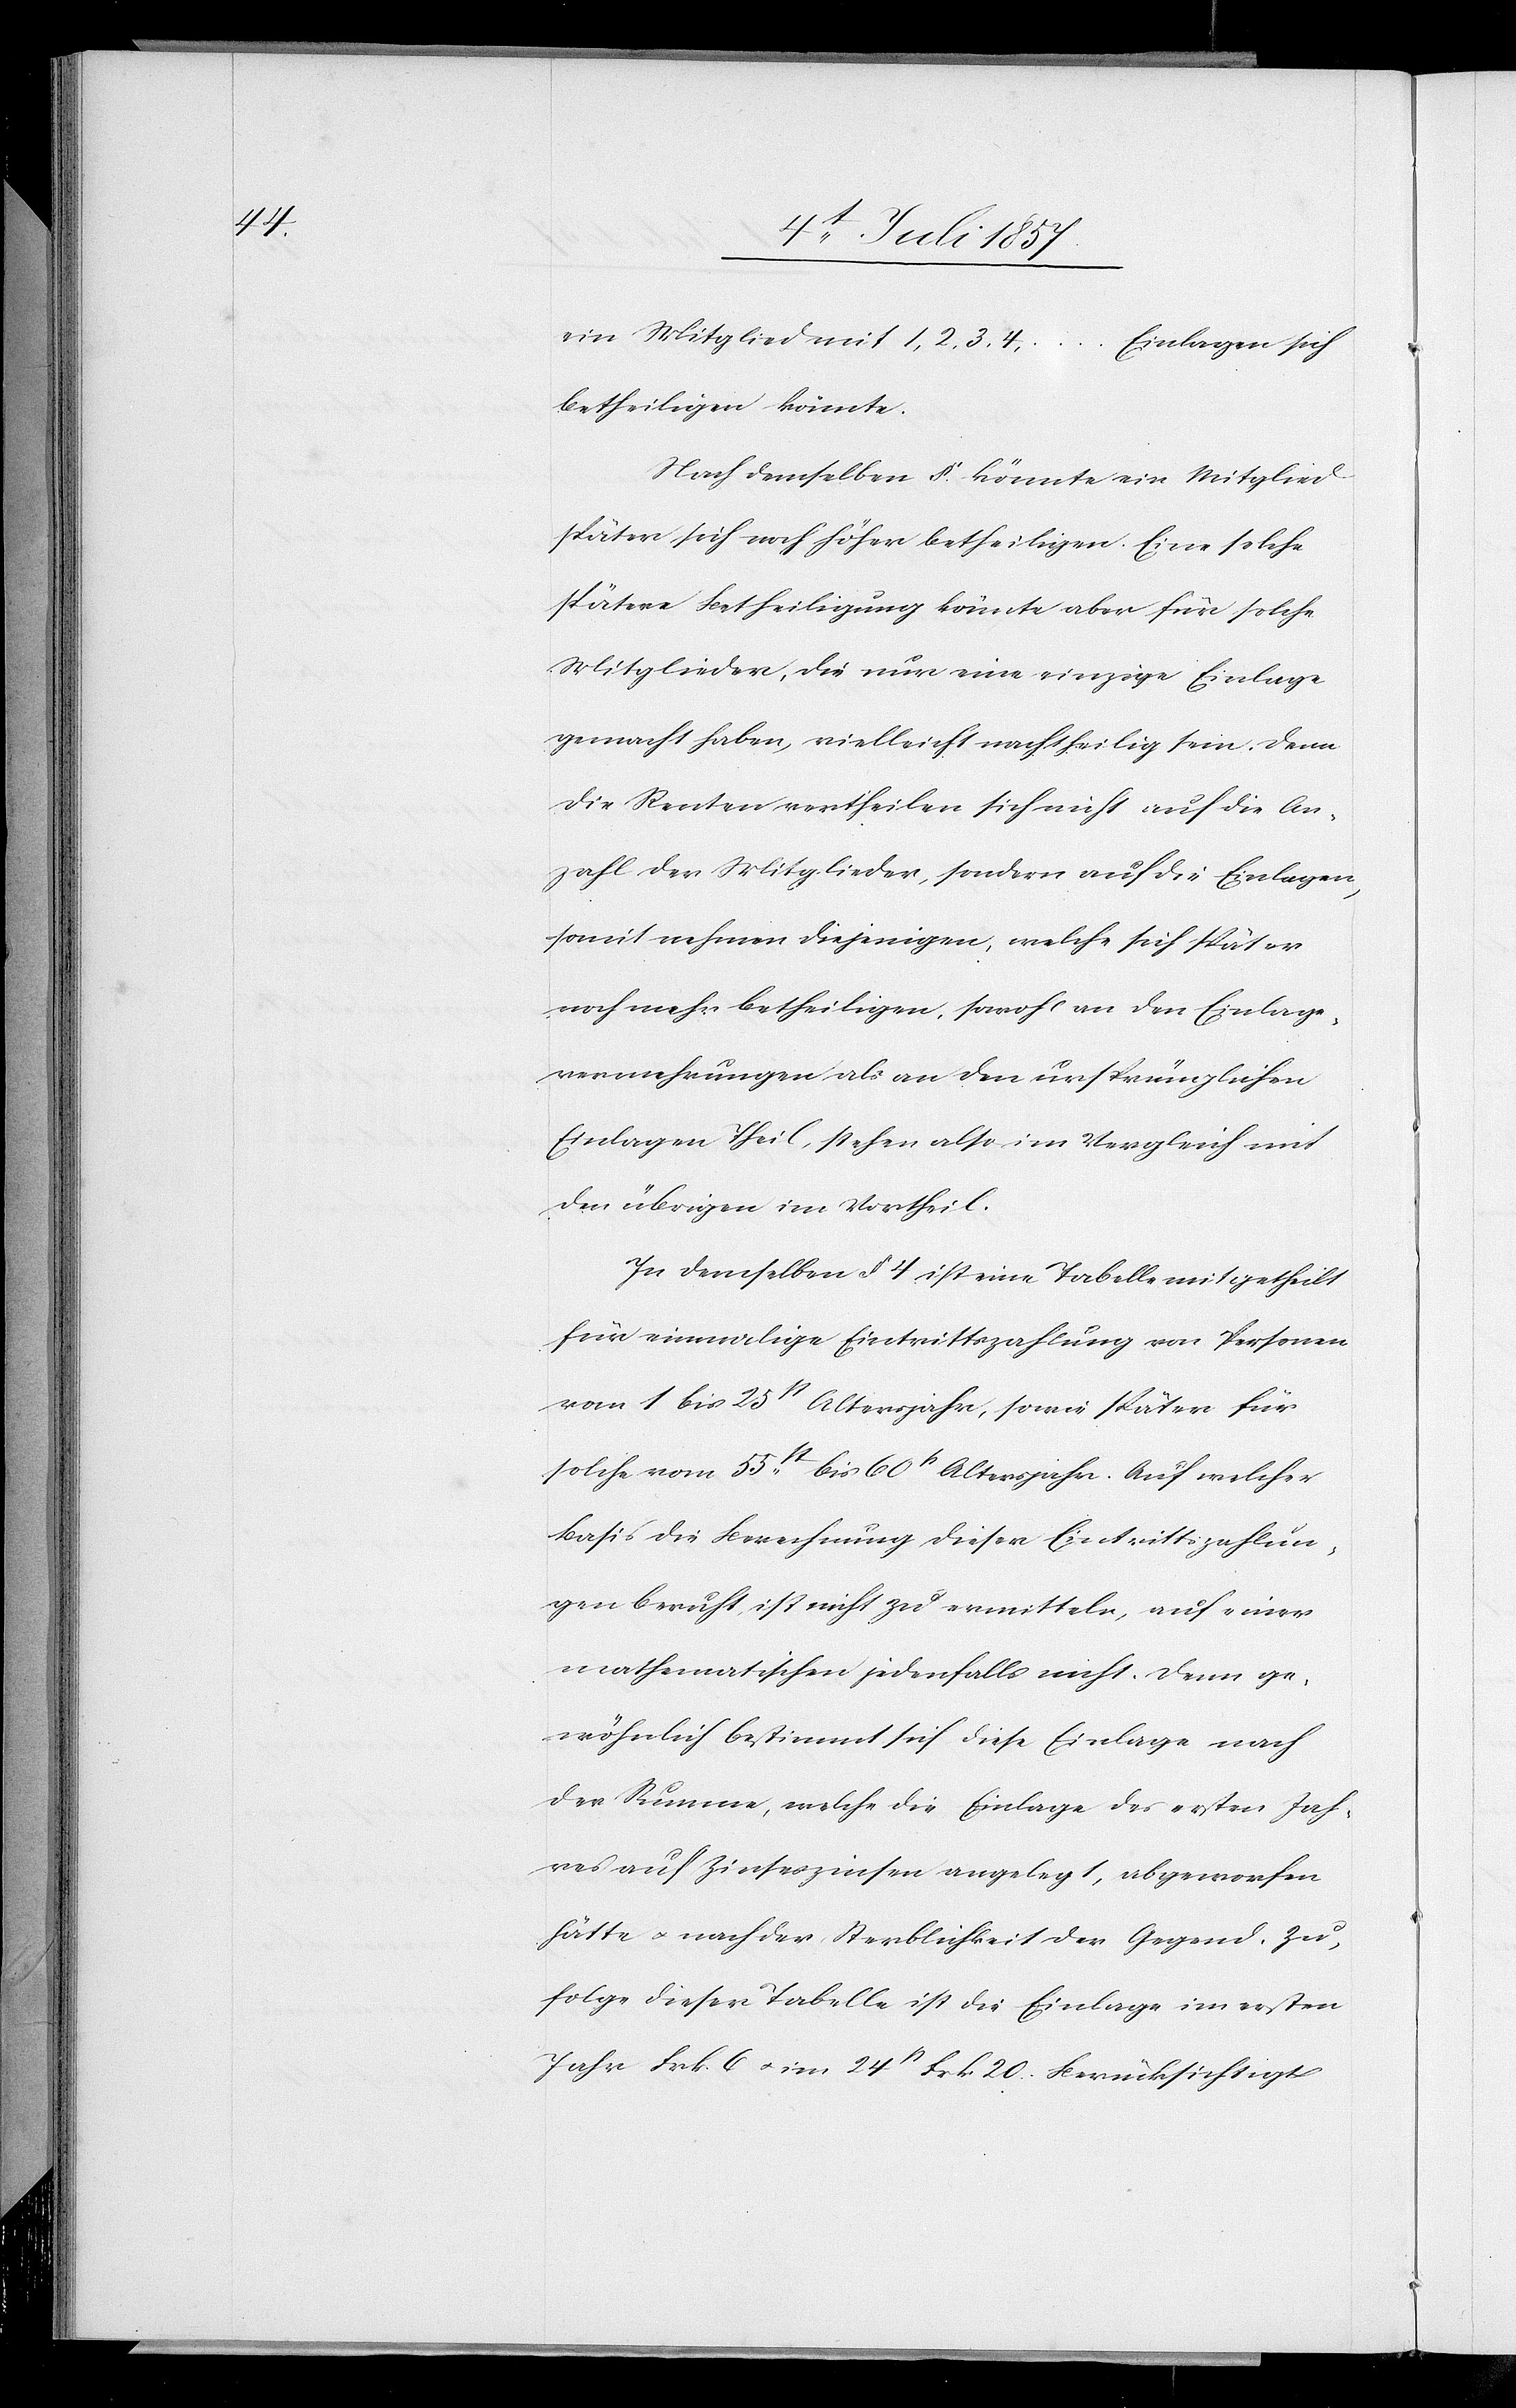
ein Mitglied mit 1, 2, 3,
4…Einlagen sich
betheiligen könnte.
Nach demselben § könnte ein Mitglied
später sich noch höher betheiligen. Eine solche
spätere Betheiligung könnte aber für solche
Mitglieder, die nur eine einzige Einlage
gemacht haben, vielleicht nachtheilig sein. Denn
die Renten vertheilen sich nicht auf die An¬
zahl der Mitglieder, sondern auf die Einlagen,
somit nehmen diejenigen, welche sich später
noch mehr betheiligen, sowohl an den Einlage¬
vermehrungen als an den ursprünglichen
Einlagen Theil, stehen also im Vergleich mit
den übrigen im Vortheil.
In demselben § 4 ist eine Tabelle mitgetheilt
für einmalige Eintrittzahlung von Personen
vom 1 bis 25st Altersjahr, sowie später für
solche vom 53st bis 60t Altersjahr. Auf welcher
Basis die Berechnung dieser Eintrittszahlun¬
gen beruht ist nicht zu vermitteln, auf einer
mathematischen jedenfalls nicht. Denn ge¬
wöhnlich bestimmt sich diese Einlage nach
der Summe, welche die Einlage des ersten Jah¬
res auf Zinseszinsen angelegt, abgeworfen
hätte & nach der Sterblichkeit der Gegend. Zu¬
folge dieser Tabelle ist die Einlage im ersten
Jahr Frk. 6 & im 24st Frk. 20. Berücksichtige